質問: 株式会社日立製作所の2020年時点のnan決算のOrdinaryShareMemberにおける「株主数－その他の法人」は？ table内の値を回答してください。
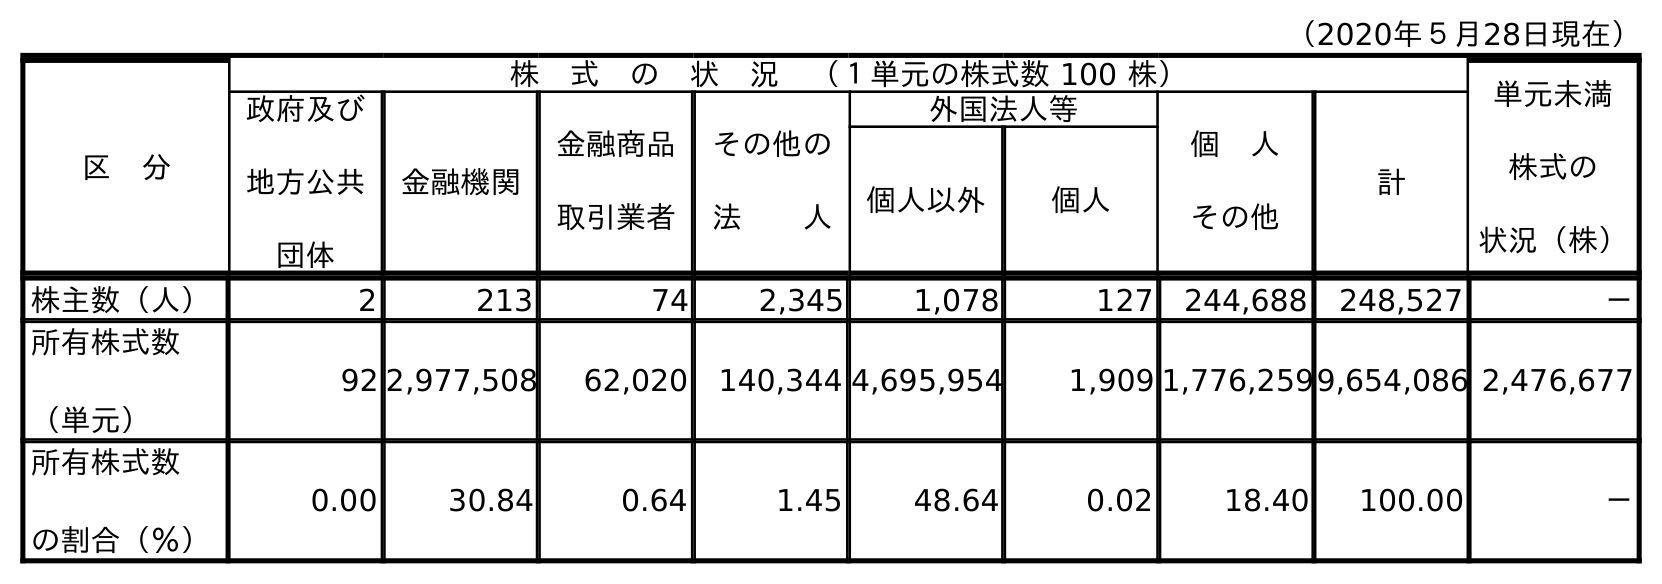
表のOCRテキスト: （2020年５月28日現在） 区 分 株 式 の 状 況 （１単元の株式数 100 株） 単元未満 株式の 状況（株） 政府及び 地方公共 団体 金融機関 金融商品 取引業者 その他の 法  人 外国法人等 個 人 その他 計 個人以外 個人 株主数（人） 2 213 74 2,345 1,078 127 244,688 248,527 － 所有株式数 （単元） 92 2,977,508 62,020 140,344 4,695,954 1,909 1,776,2599,654,086 2,476,677 所有株式数 の割合（％） 0.00 30.84 0.64 1.45 48.64 0.02 18.40 100.00 －
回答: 2,345